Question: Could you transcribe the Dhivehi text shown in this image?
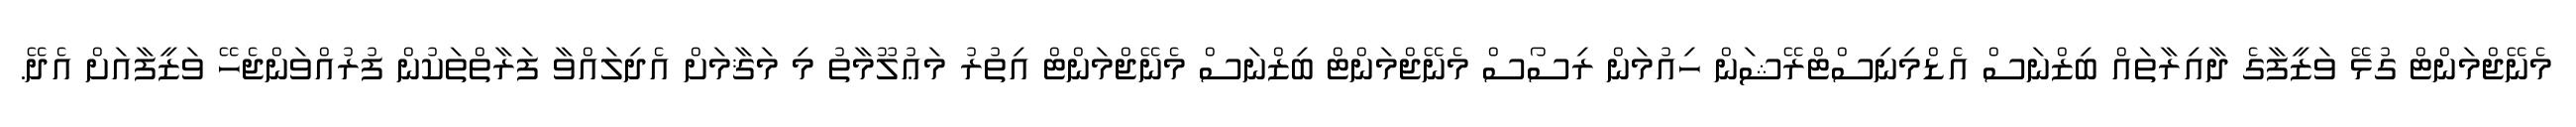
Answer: މެނޭޖްމަންޓް ގުޅޭ ވަޒީފާގެ ދާއިރާތައް ބިޒްނަސް އެޑްމިނިސްޓްރޭޝަން ހިއުމަން ރިސޯސް މެނޭޖްމަންޓް ބިޒްނަސް މެނޭޖްމަންޓް އިތުރު މަޢުލޫމާތު މި މަޤާމަށް އެދިލައްވާ ފަރާތްތަކުން ފުރުއްވަންޖެހޭ ވަޒީފާއަށް އެދޭ.